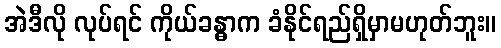
အဲဒီလို လုပ်ရင် ကိုယ်ခန္ဓာက ခံနိုင်ရည်ရှိမှာမဟုတ်ဘူး။